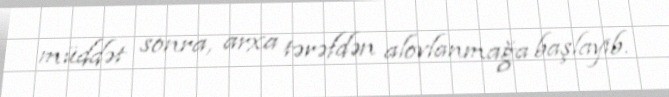
müddət sonra, arxa tərəfdən alovlanmağa başlayıb.